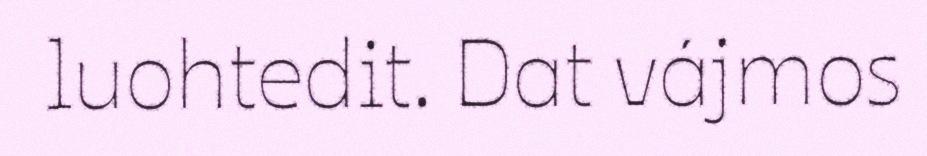
luohtedit. Dat vájmos